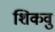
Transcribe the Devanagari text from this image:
शिकवु